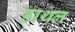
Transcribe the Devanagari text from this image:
हाथल